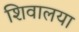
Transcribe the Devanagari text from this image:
शिवालया